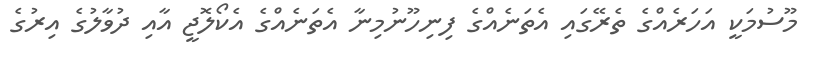
މޫސުމަކީ އަހަރެއްގެ ތެރޭގައި އެތަނެއްގެ ފިނިހޫނުމިނާ އެތަނެއްގެ އެކޯލޮޖީ އާއި ދުވާލުގެ އިރުގެ